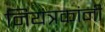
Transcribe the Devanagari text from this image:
नियंत्रकांनी